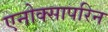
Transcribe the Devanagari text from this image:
एनोक्सापरिन